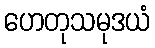
ဟေတုသမုဒယံ